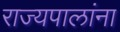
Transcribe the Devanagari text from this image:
राज्यपालांना